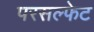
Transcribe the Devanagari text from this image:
परसल्फेट